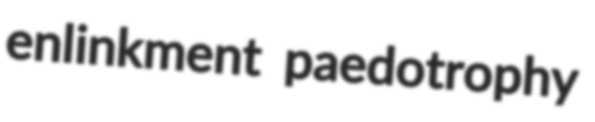
enlinkment paedotrophy